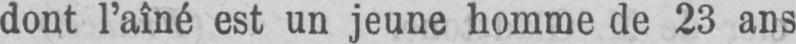
dont l’aîné est un jeune homme de 23 ans